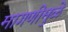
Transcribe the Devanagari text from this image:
मागणीमुळे